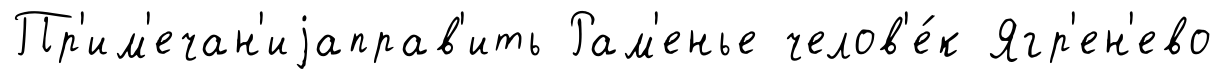
Пр'им'ечан'иjаправ'ить Рам'енье челов'е́к Ягр'ен'ево